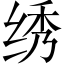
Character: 绣